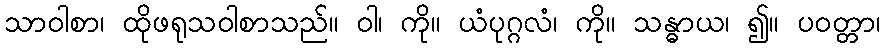
သာဝါစာ၊ ထိုဖရုသဝါစာသည်။ ဝါ၊ ကို။ ယံပုဂ္ဂလံ၊ ကို။ သန္ဓာယ၊ ၍။ ပဝတ္တာ၊